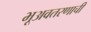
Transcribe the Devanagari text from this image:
भूअवतरणाची